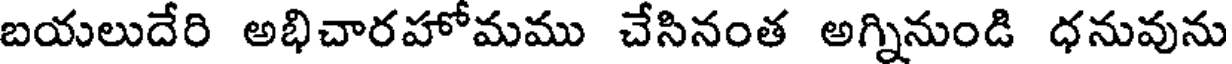
బయలుదేరి అభిచారహోమము చేసినంత అగ్నినుండి ధనువును